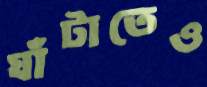
ঘাঁটাতেও